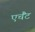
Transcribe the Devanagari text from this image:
एचैंट